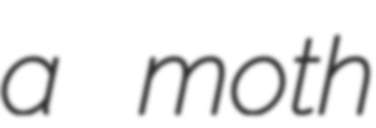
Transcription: a moth